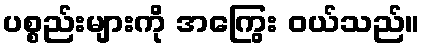
ပစ္စည်းများကို အကြွေး ဝယ်သည်။